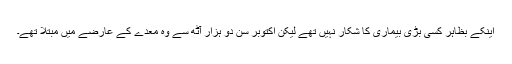
اینکے بظاہر کسی بڑی بیماری کا شکار نہیں تھے لیکن اکتوبر سن دو ہزار آٹھ سے وہ معدے کے عارضے میں مبتلا تھے۔